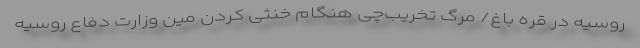
روسیه در قره باغ/ مرگ تخریب‌چی هنگام خنثی کردن مین وزارت دفاع روسیه